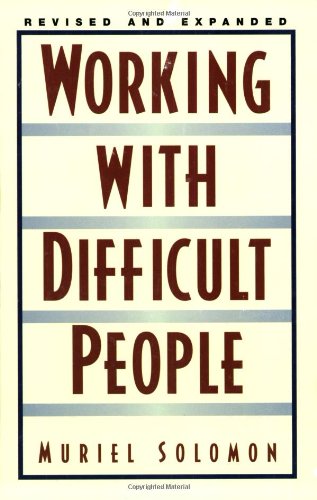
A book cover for Working with Difficult People; Muriel Solomon; Business & Money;